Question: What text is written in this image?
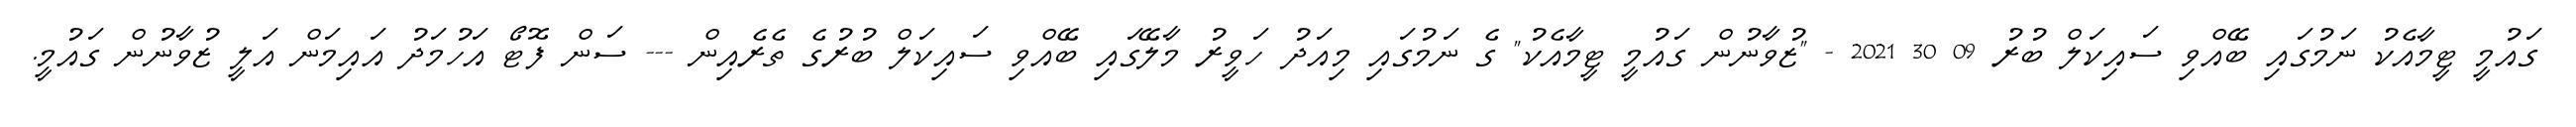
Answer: ގައުމީ ޓީމާއެކު ނަމުގައި ބޭއްވި ސައިކަލް ބުރު 09 30 2021 - "ޒުވާނުން ގައުމީ ޓީމާއެކު" ގެ ނަމުގައި މިއަދު ހަވީރު މާލޭގައި ބޭއްވި ސައިކަލް ބުރުގެ ތެރެއިން --- ސަން ފޮޓޯ އަހުމަދު އައިމަން އަލީ ޒުވާނުން ގައުމީ.